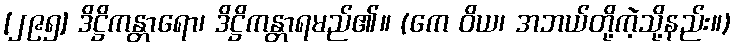
[၂၉၅] ဒိဋ္ဌိကန္တာရော၊ ဒိဋ္ဌိကန္တာရမည်၏။ (ကေ ဝိယ၊ အဘယ်တို့ကဲ့သို့နည်း။)